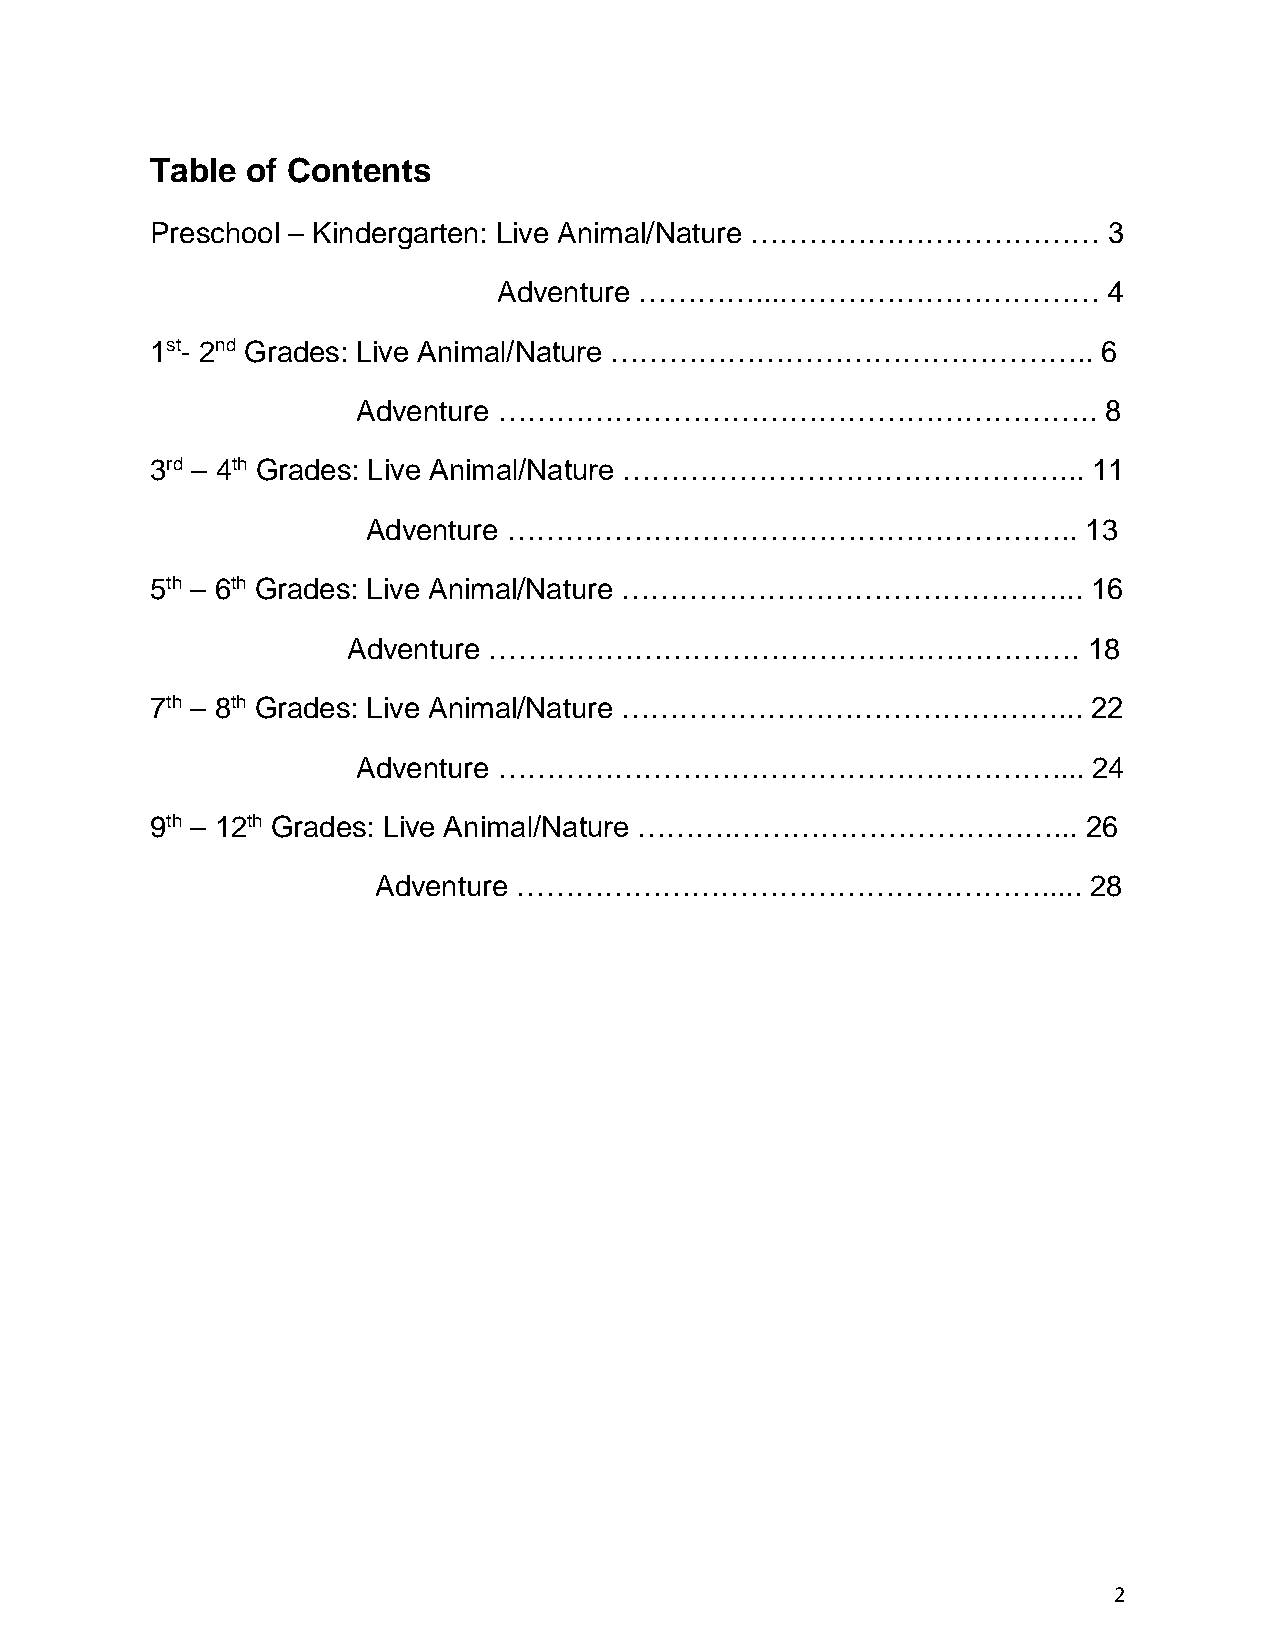
Table of Contents
 Preschool – Kindergarten: Live Animal/Nature ………………………………      3
 Adventure …………...……………………………            4
 1st- 2nd Grades: Live Animal/Nature …………………………………………..         6
 Adventure ……………………………………………………..                 8
 3rd – 4th Grades: Live Animal/Nature ………………………………………...       11
 Adventure …………………………………………………..                 13
 5th – 6th Grades: Live Animal/Nature ………………………………………...       16
 Adventure …………………………………………………….                  18
 7th – 8th Grades: Live Animal/Nature ………………………………………...       22
 Adventure …………………………………………………....               24
 9th – 12th Grades: Live Animal/Nature ……….……………………………...      26
 Adventure ……………………………………………….....              28
 2